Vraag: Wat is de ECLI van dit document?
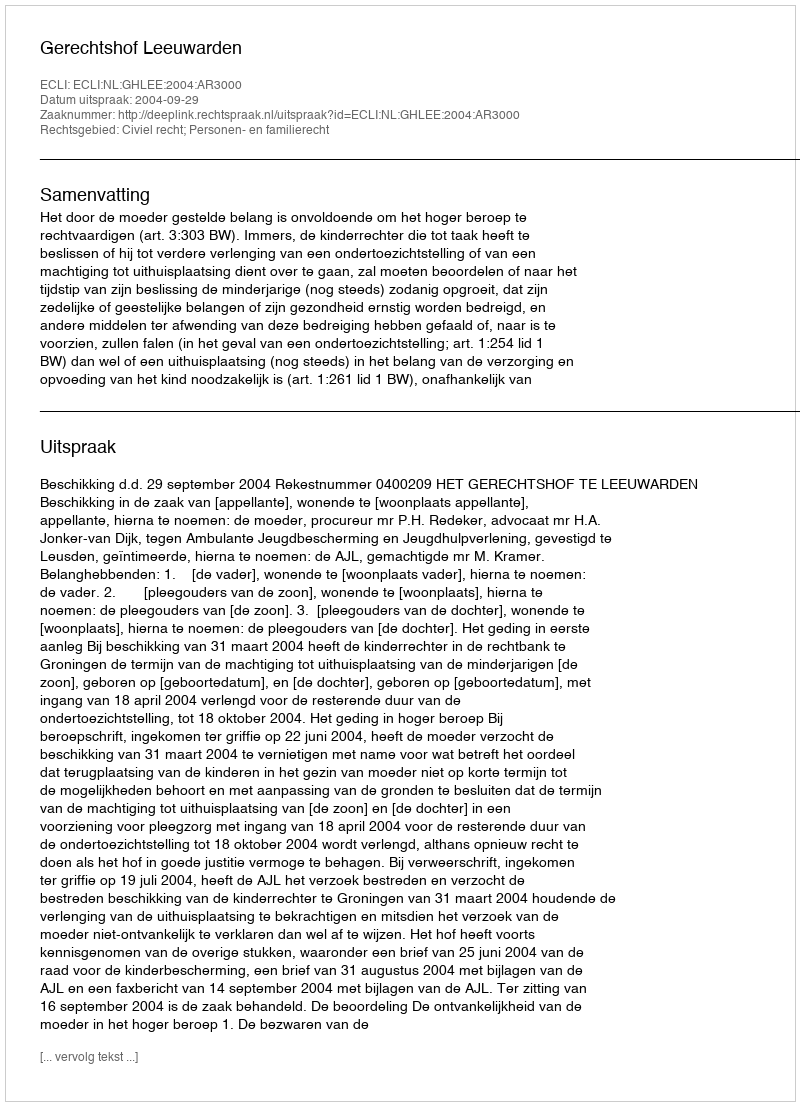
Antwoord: ECLI:NL:GHLEE:2004:AR3000